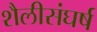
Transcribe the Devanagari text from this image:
शैलीसंघर्ष